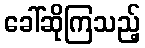
ခေါ်ဆိုကြသည့်